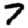
Digit: 7